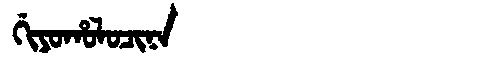
Manchu: ᡤᡳᠶᠣᡥᠣᠯᠣᠴᡳᠨᠠ
Romanization: GIYOHOLOCINA